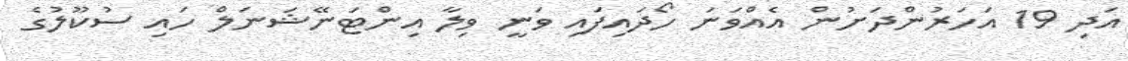
އަދި 19 އަހަރުންދަށުން އެއްވަނަ ހޯދައިފައި ވަނީ ވިލާ އިންޓަނޭޝަނަލް ހައި ސުކޫލުގެ